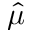
\hat { \mu }